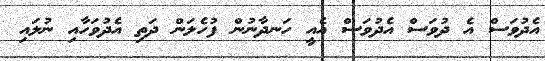
އެދުވަސް އެ ދުވަސް އެދުވަސް އެއީ ހަނދާނުން ފުހެލަން ދަތި އެދުވަހާއި ނުލައި